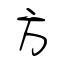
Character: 方